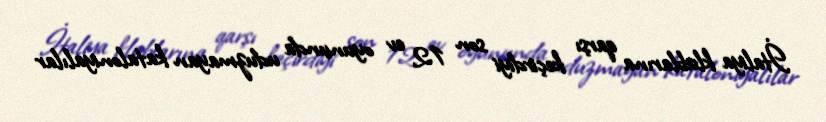
İtaliya klublarına qarşı keçirdiyi son 12 ev oyununda uduzmayan kataloniyalılar